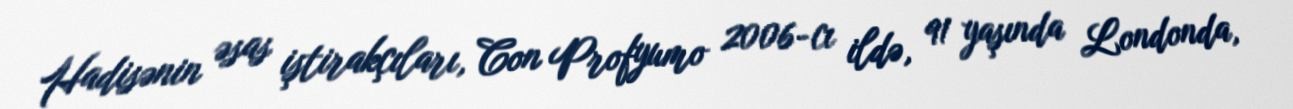
Hadisənin əsas iştirakçıları, Con Profyumo 2006-cı ildə, 91 yaşında Londonda,